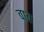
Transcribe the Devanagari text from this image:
वाब